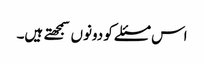
اس مسئلے کو دونوں سمجهتے ہیں۔